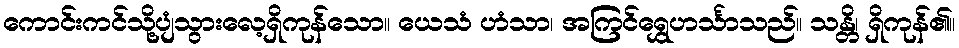
ကောင်းကင်သို့ပျံသွားလေ့ရှိကုန်သော။ ယေသံ ဟံသာ၊ အကြင်ရွှေဟင်္သာသည်။ သန္တိ၊ ရှိကုန်၏။